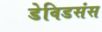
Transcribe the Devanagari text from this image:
डेविडसंस